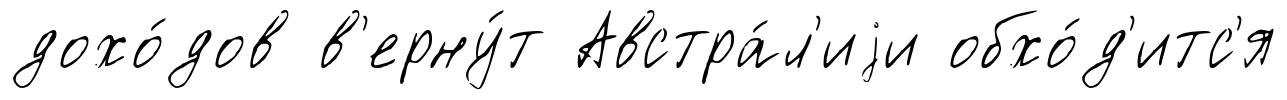
дохо́дов в'ерну́т Австра́л'иjи обхо́д'итс'я